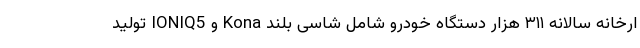
ارخانه سالانه ۳۱۱ هزار دستگاه خودرو شامل شاسی بلند Kona و IONIQ5 تولید